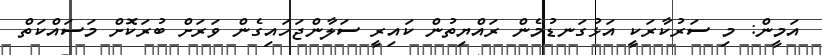
އަމީން: މި ސަރުކާރަކީ އަޅުގަނޑުމެން ރައްޔިތުން ކައިރީ ސަލާންޖަހައިގެން ވަރަށް ބުރަކޮށް މަސައްކަތް